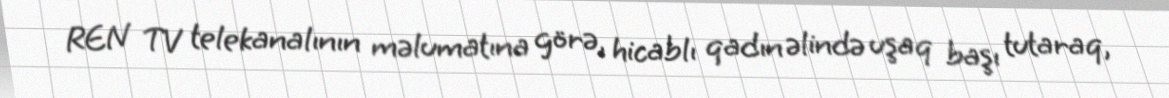
REN TV telekanalının məlumatına görə, hicablı qadın əlində uşaq başı tutaraq,